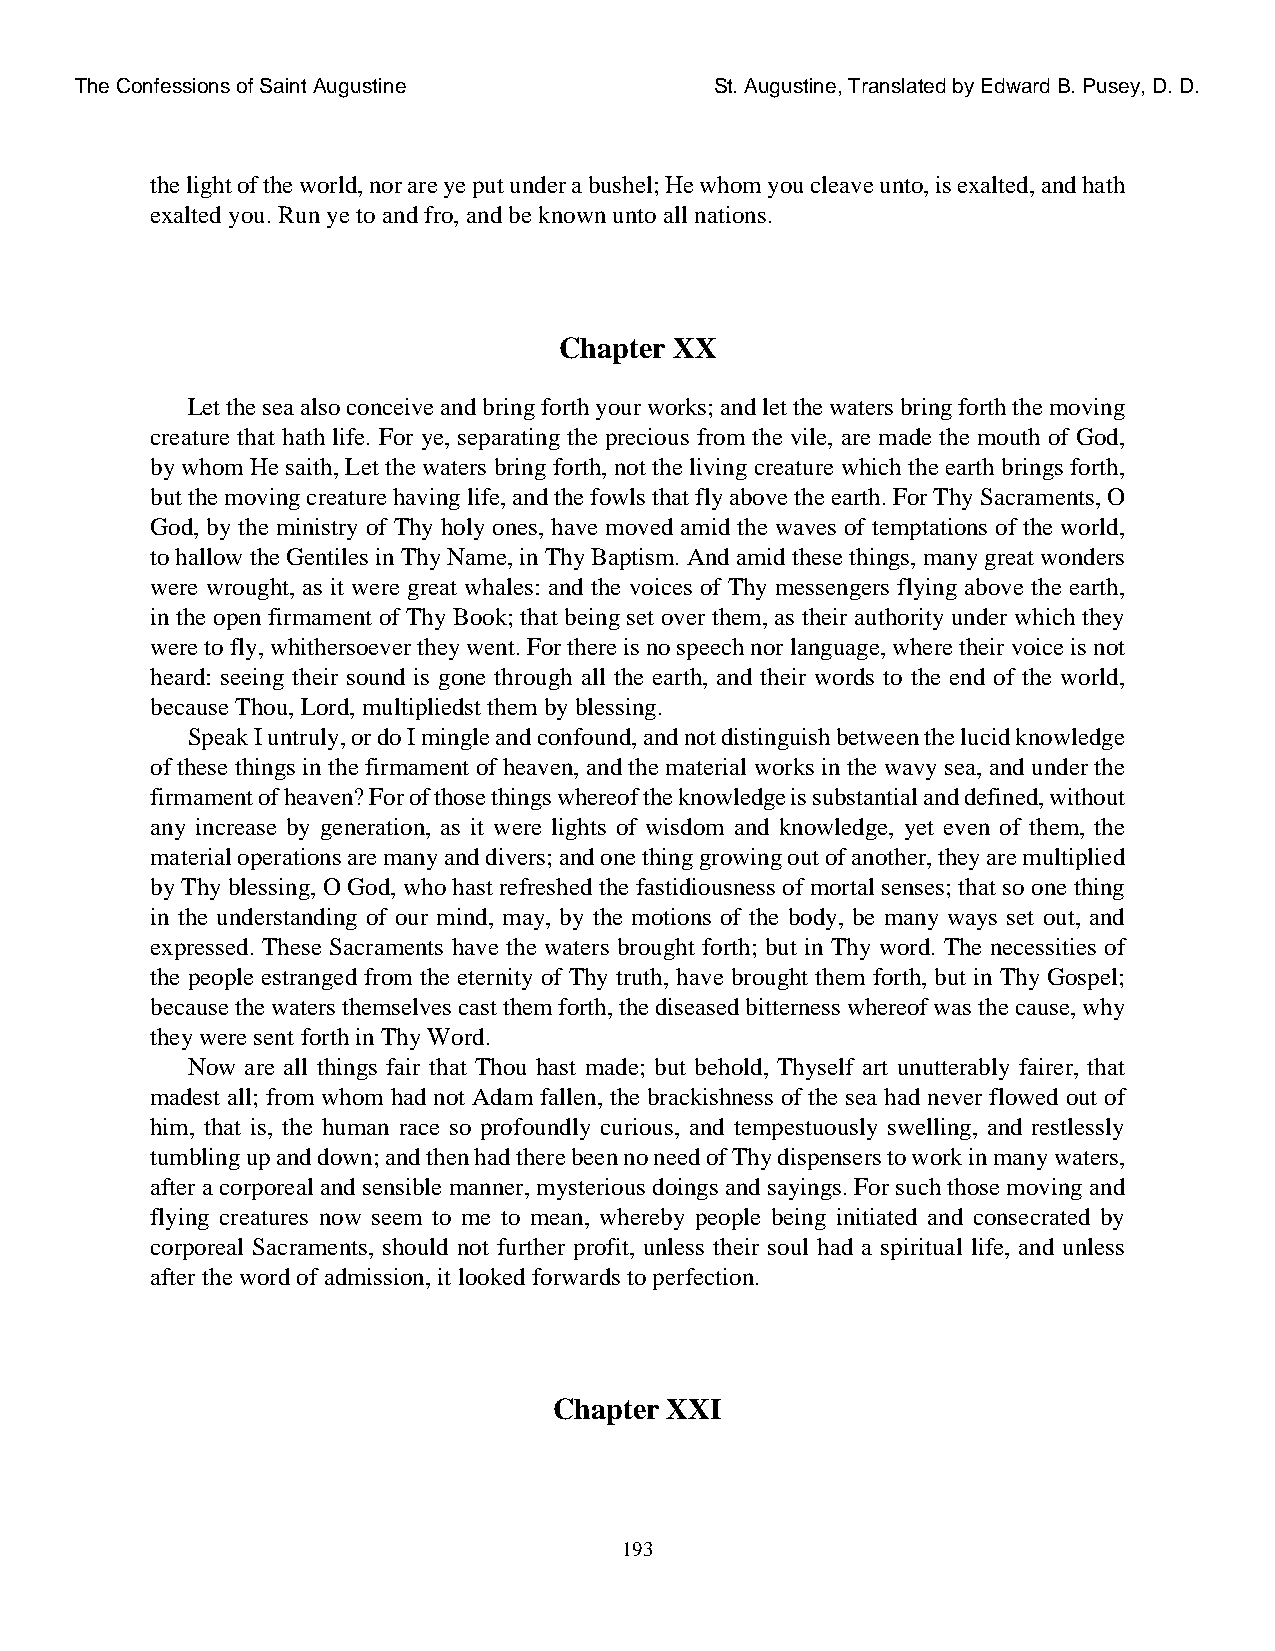
The Confessions of Saint Augustine        St. Augustine, Translated by Edward B. Pusey, D. D.
 the light of the world, nor are ye put under a bushel; He whom you cleave unto, is exalted, and hath
 exalted you. Run ye to and fro, and be known unto all nations.
 Chapter XX
 Let the sea also conceive and bring forth your works; and let the waters bring forth the moving
 creature that hath life. For ye, separating the precious from the vile, are made the mouth of God,
 by whom He saith, Let the waters bring forth, not the living creature which the earth brings forth,
 but the moving creature having life, and the fowls that fly above the earth. For Thy Sacraments, O
 God, by the ministry of Thy holy ones, have moved amid the waves of temptations of the world,
 to hallow the Gentiles in Thy Name, in Thy Baptism. And amid these things, many great wonders
 were wrought, as it were great whales: and the voices of Thy messengers flying above the earth,
 in the open firmament of Thy Book; that being set over them, as their authority under which they
 were to fly, whithersoever they went. For there is no speech nor language, where their voice is not
 heard: seeing their sound is gone through all the earth, and their words to the end of the world,
 because Thou, Lord, multipliedst them by blessing.
 Speak I untruly, or do I mingle and confound, and not distinguish between the lucid knowledge
 of these things in the firmament of heaven, and the material works in the wavy sea, and under the
 firmament of heaven? For of those things whereof the knowledge is substantial and defined, without
 any increase by generation, as it were lights of wisdom and knowledge, yet even of them, the
 material operations are many and divers; and one thing growing out of another, they are multiplied
 by Thy blessing, O God, who hast refreshed the fastidiousness of mortal senses; that so one thing
 in the understanding of our mind, may, by the motions of the body, be many ways set out, and
 expressed. These Sacraments have the waters brought forth; but in Thy word. The necessities of
 the people estranged from the eternity of Thy truth, have brought them forth, but in Thy Gospel;
 because the waters themselves cast them forth, the diseased bitterness whereof was the cause, why
 they were sent forth in Thy Word.
 Now are all things fair that Thou hast made; but behold, Thyself art unutterably fairer, that
 madest all; from whom had not Adam fallen, the brackishness of the sea had never flowed out of
 him, that is, the human race so profoundly curious, and tempestuously swelling, and restlessly
 tumbling up and down; and then had there been no need of Thy dispensers to work in many waters,
 after a corporeal and sensible manner, mysterious doings and sayings. For such those moving and
 flying creatures now seem to me to mean, whereby people being initiated and consecrated by
 corporeal Sacraments, should not further profit, unless their soul had a spiritual life, and unless
 after the word of admission, it looked forwards to perfection.
 Chapter XXI
 193